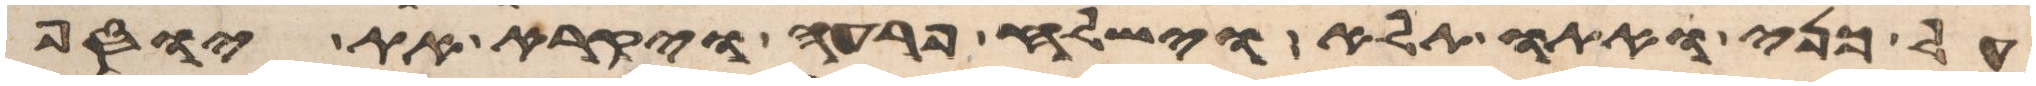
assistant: על כני ואתו תלא וישלח פרעה ויקרא את יוסף